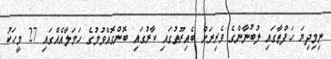
ނިމިދިޔަ ހަފްތާގައި ލުބުނާންގެ ވެރިރަށް ބެއިރޫތުގައި ކާރުގައި ބޮންގޮއްވުމުގެ ހަމަލާއެއްގައި 27 މީހަކު